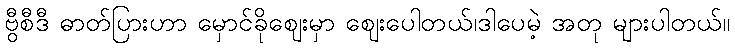
ဗွီစီဒီ ဓာတ်ပြားဟာ မှောင်ခိုဈေးမှာ ဈေးပေါတယ်၊ဒါပေမဲ့ အတု များပါတယ်။